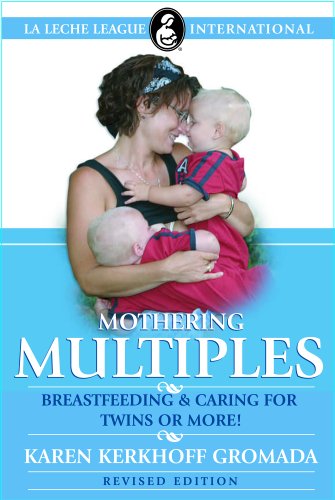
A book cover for Mothering Multiples: Breastfeeding and Caring for Twins or More! (La Leche League International Book); Karen Kerkhoff Gromada; Parenting & Relationships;